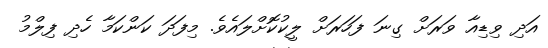
އަދި ވިޑިއާ ވަރަށް ގިނަ ފަހަރަށް ލީކުކޮށްލައެވެ. މިފަދަ ކަންކަމާ ހެދި ފިލްމު